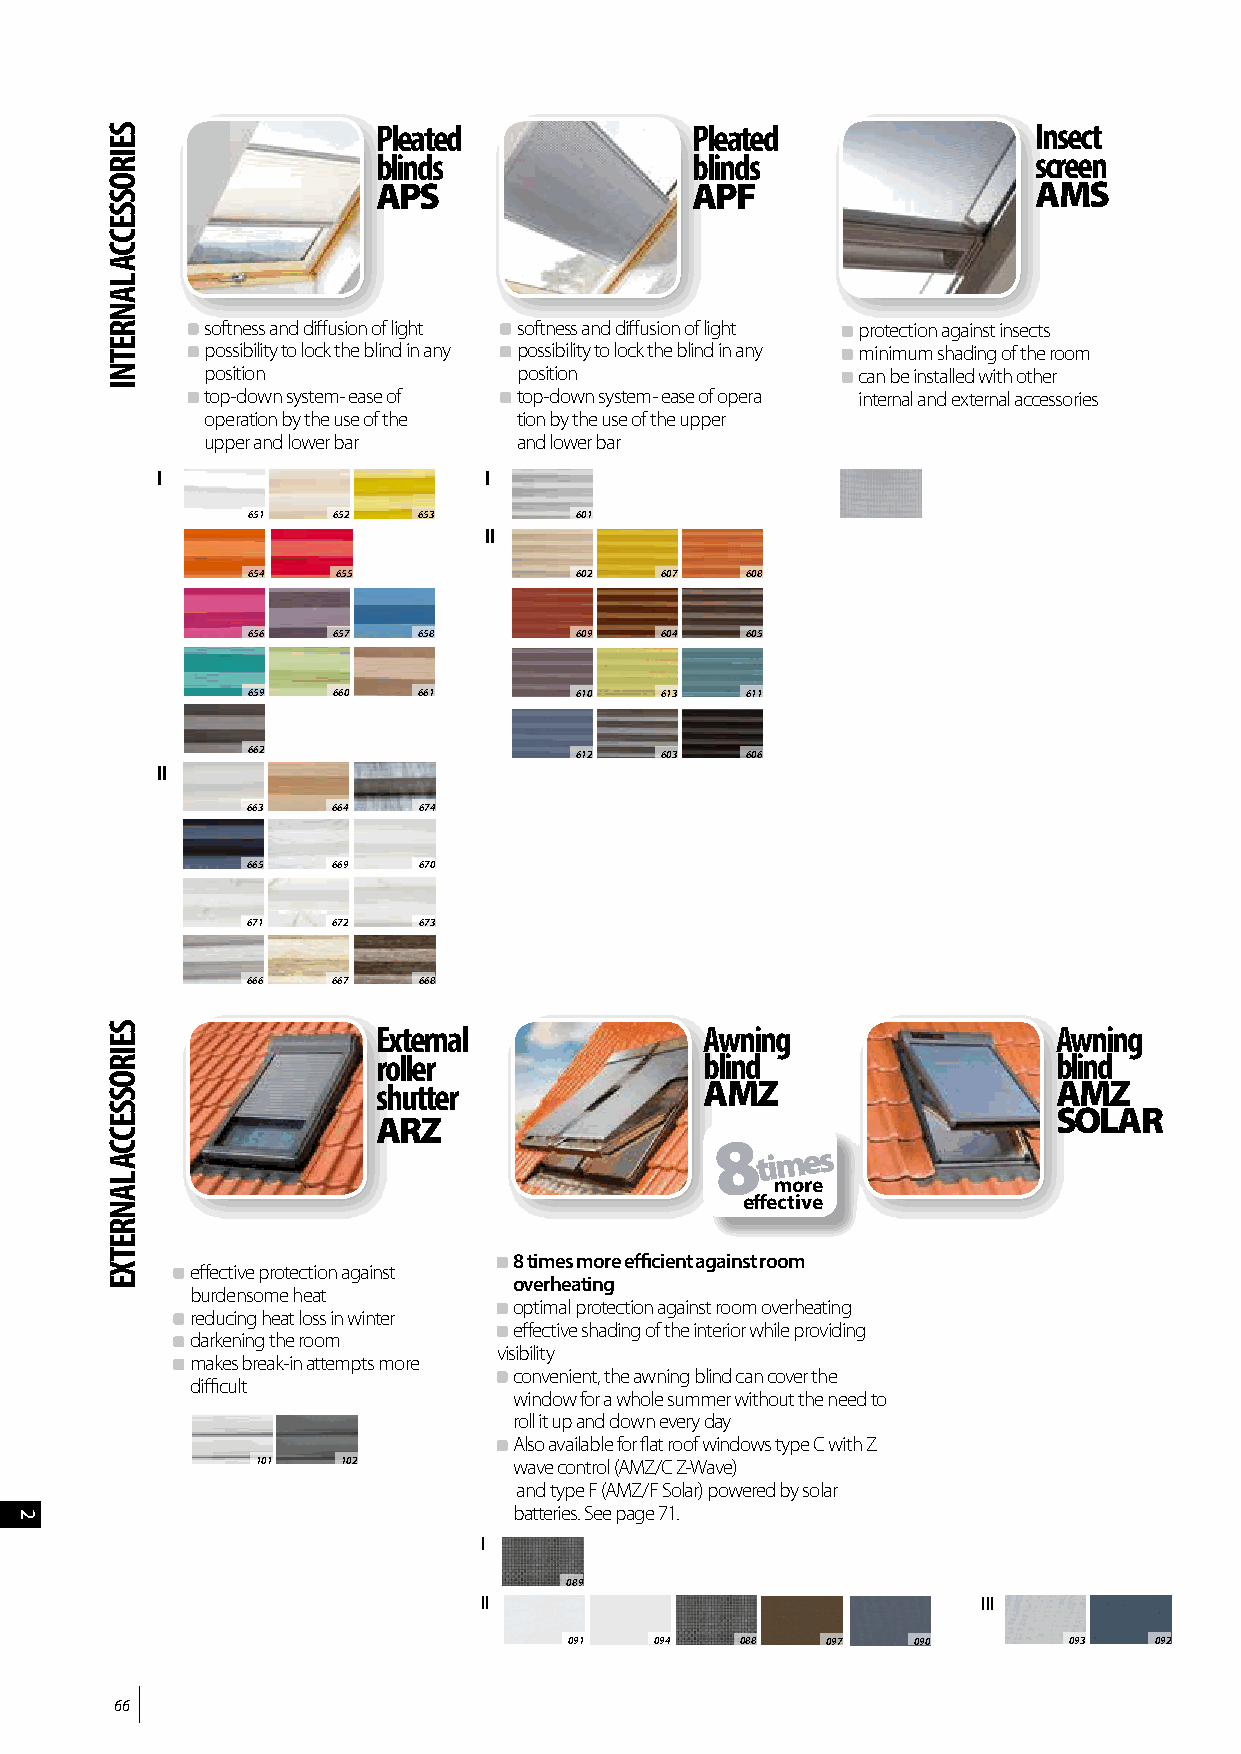
Pleated              Pleated                Insect
 blinds               blinds                 screen
 APS                  APF                    AMS
 softness and diffusion of light softness and diffusion of light protection against insects
 possibility to lock the blind in any possibility to lock the blind in any minimum shading of the room
 position            position               can be installed with other
 top-down system- ease of top-down system- ease of opera internal and external accessories
 operat ion by the use of the tion by the use of the upper
 upper and lower bar and lower bar
 I                     I
 651   652   653       601
 II
 654   655             602   607  608
 656   657   658       609   604  605
 659   660   661       610   613  611
 662                   612   603  606
 II
 663   664   674
 665   669   670
 671   672   673
 666   667   668
 External              Awning                 Awning
 roller                blind                  blind
 shutter               AMZ                    AMZ
 SOLAR
 ARZ
 8
 times
 more
 effective
 8 times more efficient against room
 effective protection against
 overheating
 burdensome heat
 optimal protection against room overheating
 reducing heat loss in winter
 effective shading of the interior while providing
 darkening the room
 visibility
 makes break-in attempts more
 convenient, the awning blind can cover the
 difficult
 window for a whole summer without the need to
 roll it up and down every day
 Also available for flat roof windows type C with Z
 101   102        wave control (AMZ/C Z-Wave)
 and type F (AMZ/F Solar) powered by solar
 batteries. See page 71.
 I
 089
 II                               III
 091  094   088   097  090        093  092
 66
 2
 SEIROSSECCA
 LANRETNI
 SEIROSSECCA
 LANRETXE